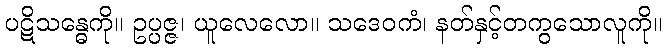
ပဋိသန္ဓေကို။ ဥပ္ပဇ္ဇ၊ ယူလေလော။ သဒေဝကံ၊ နတ်နှင့်တကွသောလူကို။